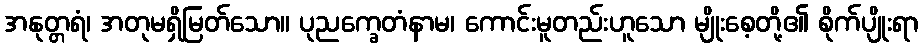
အနုတ္တရံ၊ အတုမရှိမြတ်သော။ ပုညက္ခေတံနာမ၊ ကောင်းမူတည်းဟူသော မျိုးစေ့တို့၏ စိုက်ပျိုးရာ